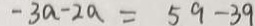
- 3 a - 2 a = 5 9 - 3 9